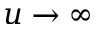
u \to \infty